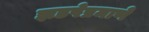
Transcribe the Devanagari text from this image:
झडपेप्रमाणे